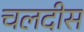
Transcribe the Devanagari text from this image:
चलदीस